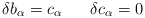
\begin{align*}\delta b_\alpha = c_\alpha \;\;\;\;\;\;\delta c_\alpha = 0\end{align*}